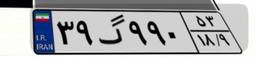
۳۹گ۹۹۰۵۳